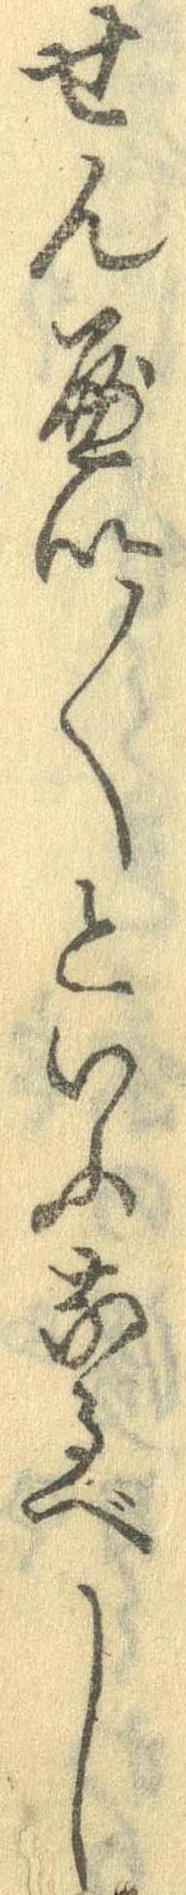
せんべい〱といふなるべし